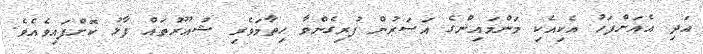
އަދި އެއަށްފަހު އެކިއެކި މަންމައިންގެ އަސަރުން ފުރިގެންވާ ހިތާމަވެރި ޝުޢޫރުތައް ފާޅު ކޮށްފައިވެއެވެ.